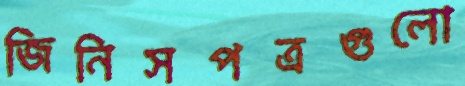
জিনিসপত্রগুলো